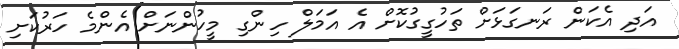
އަދި އެކަން ރަނގަޅަށް ތަހުގީގުކޮށް އެ އަމަލް ހިންގި މީހުންނަށް އެންމެ ހަރުކަށި